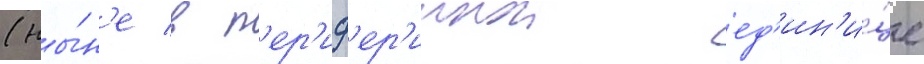
(ны́н'е в п'ер'иф'ер'иинои ед'ин'и́це